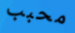
محبب